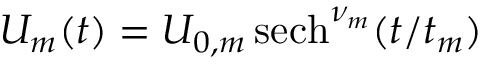
U _ { m } ( t ) = U _ { 0 , m } \, { \mathrm { s e c h } } ^ { \nu _ { m } } ( t / t _ { m } )